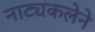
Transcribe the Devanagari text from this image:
नाट्यकलेने